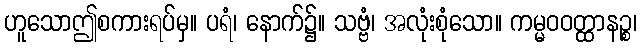
ဟူသောဤစကားရပ်မှ။ ပရံ၊ နောက်၌။ သဗ္ဗံ၊ အလုံးစုံသော။ ကမ္မဝဝတ္ထာနဉ္စ၊